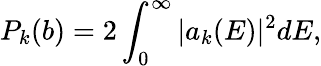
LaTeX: P_{k}(b)=2\int_{0}^{\infty}|a_{k}(E)|^{2}dE,